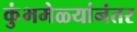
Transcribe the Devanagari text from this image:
कुंभमेळ्यांनंतर